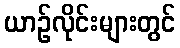
ယာဉ်လိုင်းများတွင်